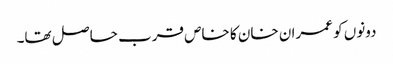
دونوں کو عمران خان کا خاص قرب حا صل تھا۔